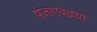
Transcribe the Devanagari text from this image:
पंजाएवढ्या